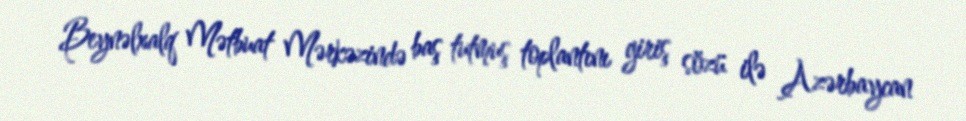
Beynəlxalq Mətbuat Mərkəzində baş tutmuş toplantını giriş sözü ilə Azərbaycan